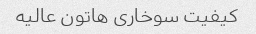
کیفیت سوخاری هاتون عالیه